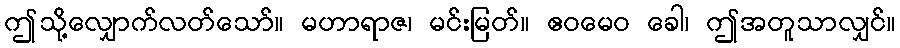
ဤသို့လျှောက်လတ်သော်။ မဟာရာဇ၊ မင်းမြတ်။ ဧဝမေဝ ခေါ၊ ဤအတူသာလျှင်။